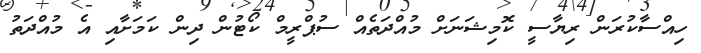
ހިއްސާކުރަން ރިޔާސީ ކޮމިޝަނަށް މުއްދަތެއް ސުޕްރީމް ކޯޓުން ދިން ކަމަށާއި އެ މުއްދަތު